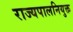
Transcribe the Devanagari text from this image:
राज्यपालनियुक्त